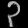
Digit: ၃